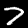
Label: 7